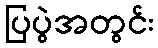
ပြပွဲအတွင်း